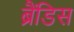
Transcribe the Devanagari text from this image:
ब्रैंडिस